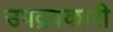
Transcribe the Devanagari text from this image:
उपद्रवकारी